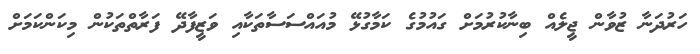
ހަރުދަނާ ޒުވާން ޖީލެއް ބިނާކުރުމަށް ގައުމުގެ ކަމާގުޅޭ މުއައްސަސާތަކާއި ވަޒީފާދޭ ފަރާތްތަކުން މިކަންކަމަށް